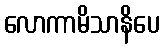
လောကာမိသာနိပေ